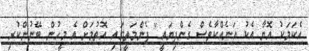
އެކަމަކު އޮޔާ އެކު އަނެއްކާވެސް ގެންދިޔައީ" ފެންމަތީގައި އޮތުމަށް އެ މީހުން ބޭނުންކުރި